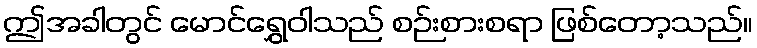
ဤအခါတွင် မောင်ရွှေဝါသည် စဉ်းစားစရာ ဖြစ်တော့သည်။